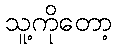
သူ့ကိုတော့